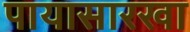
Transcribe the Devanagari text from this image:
पायासारखा